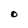
Character: O